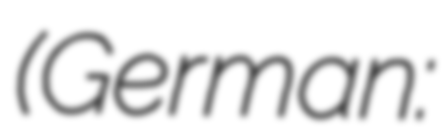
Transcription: (German: